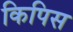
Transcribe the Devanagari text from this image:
किपिस